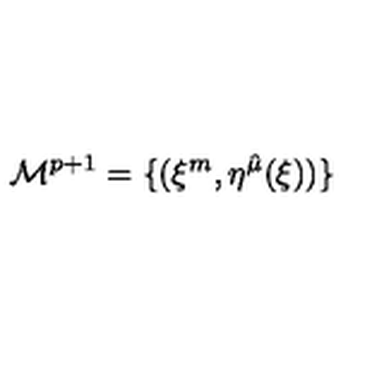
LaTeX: { \cal M } ^ { p + 1 } = \{ ( \xi ^ { m } , \eta ^ { \hat { \mu } } ( \xi ) ) \}